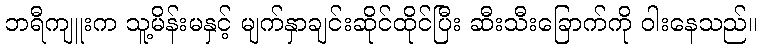
ဘရီကျူးက သူ့မိန်းမနှင့် မျက်နှာချင်းဆိုင်ထိုင်ပြီး ဆီးသီးခြောက်ကို ဝါးနေသည်။